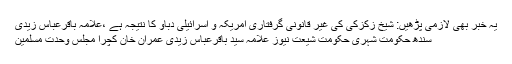
یہ خبر بھی لازمی پڑھیں: شیخ زکزکی کی غیر قانونی گرفتاری امریکہ و اسرائیلی دباؤ کا نتیجہ ہے ،علامہ باقرعباس زیدی
سندھ حکومت شہری حکومت شیعت نیوز علامہ سید باقرعباس زیدی عمران خان کچرا مجلس وحدت مسلمین